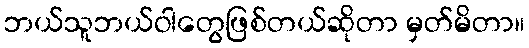
ဘယ်သူဘယ်ဝါတွေဖြစ်တယ်ဆိုတာ မှတ်မိတာ။